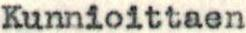
Kunnioittaen